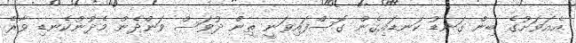
އެއަވަށުގެ ބިން ގަނޑު ކަނޑައިގެން ގޮސްފައިވަނީ ތިން ދުވަސް ވަންދެން މެދުނުކެނޑި ވާރެ